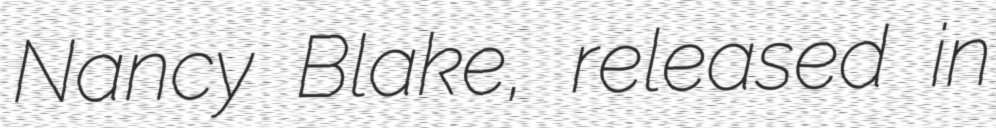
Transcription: Nancy Blake, released in